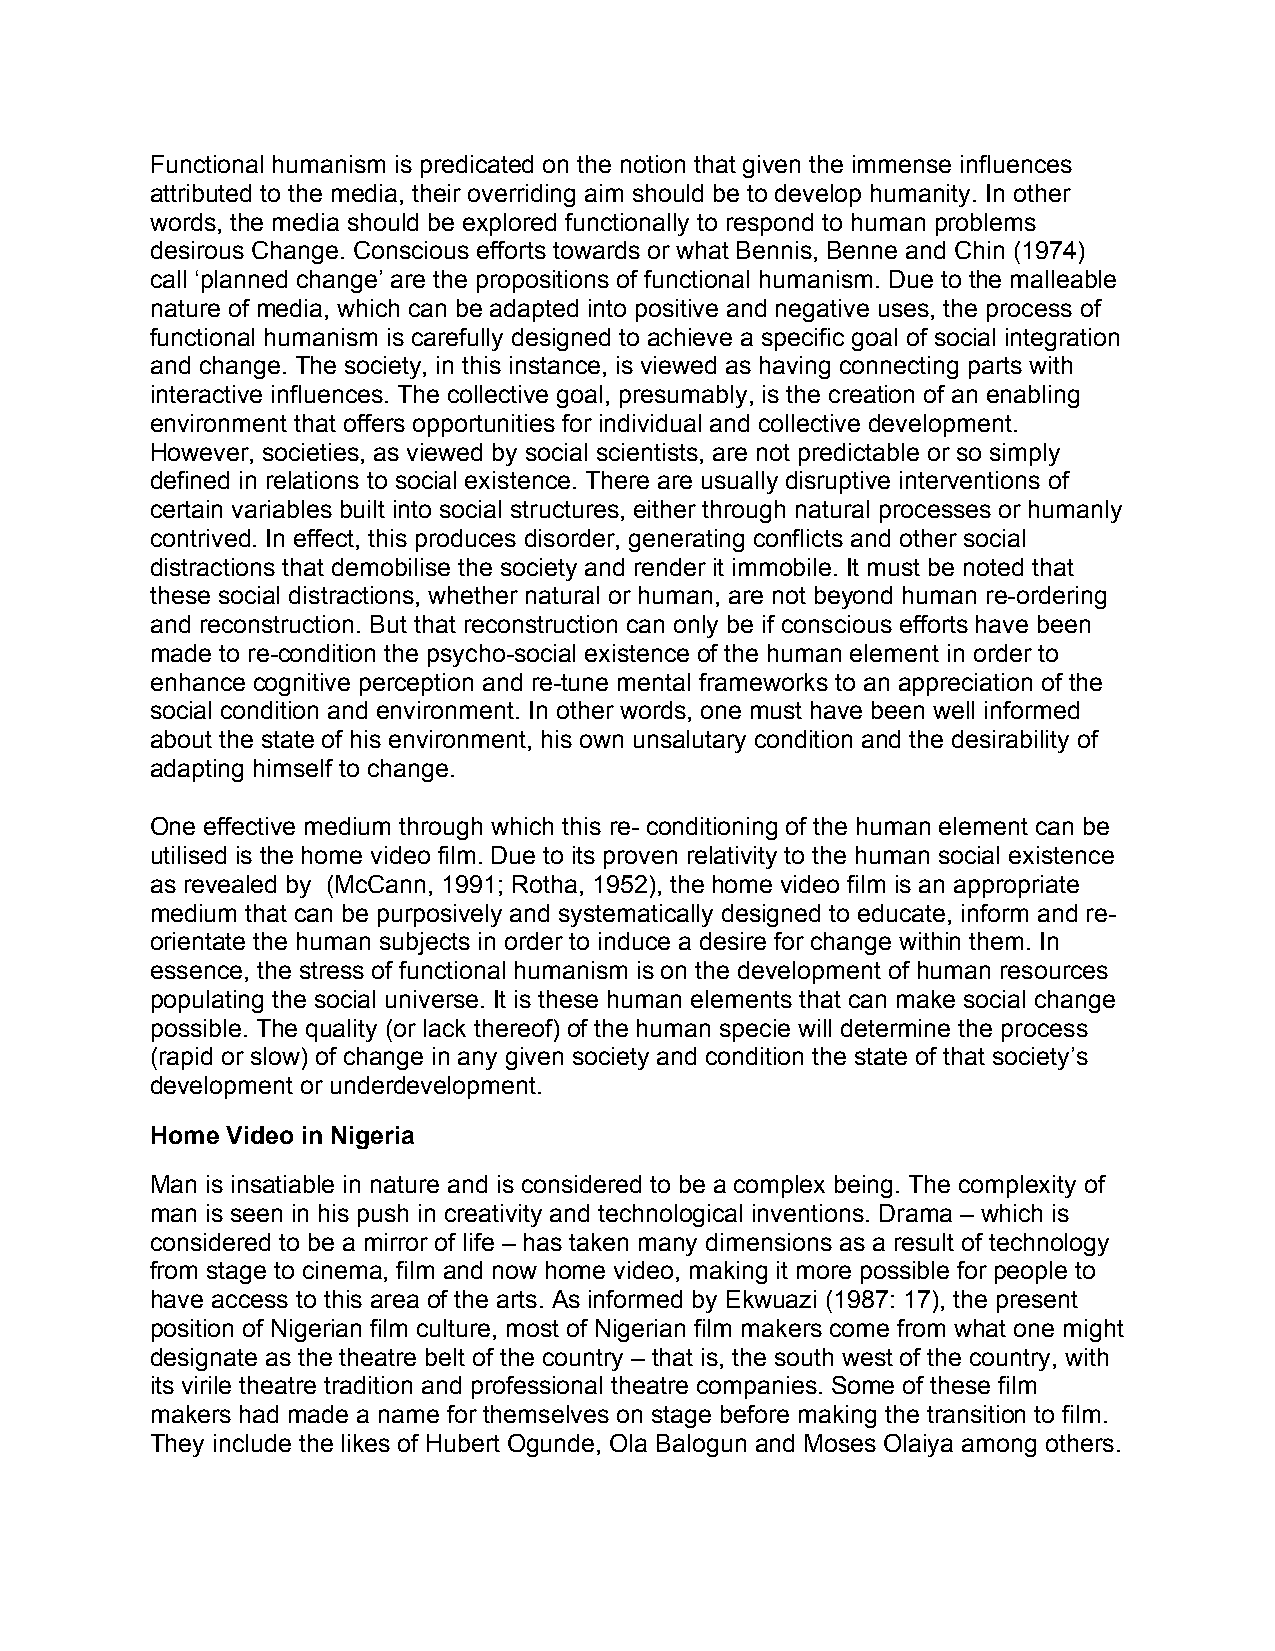
Functional humanism is predicated on the notion that given the immense influences
 attributed to the media, their overriding aim should be to develop humanity. In other
 words, the media should be explored functionally to respond to human problems
 desirous Change. Conscious efforts towards or what Bennis, Benne and Chin (1974)
 call ‘planned change’ are the propositions of functional humanism. Due to the malleable
 nature of media, which can be adapted into positive and negative uses, the process of
 functional humanism is carefully designed to achieve a specific goal of social integration
 and change. The society, in this instance, is viewed as having connecting parts with
 interactive influences. The collective goal, presumably, is the creation of an enabling
 environment that offers opportunities for individual and collective development.
 However, societies, as viewed by social scientists, are not predictable or so simply
 defined in relations to social existence. There are usually disruptive interventions of
 certain variables built into social structures, either through natural processes or humanly
 contrived. In effect, this produces disorder, generating conflicts and other social
 distractions that demobilise the society and render it immobile. It must be noted that
 these social distractions, whether natural or human, are not beyond human re-ordering
 and reconstruction. But that reconstruction can only be if conscious efforts have been
 made to re-condition the psycho-social existence of the human element in order to
 enhance cognitive perception and re-tune mental frameworks to an appreciation of the
 social condition and environment. In other words, one must have been well informed
 about the state of his environment, his own unsalutary condition and the desirability of
 adapting himself to change.
 One effective medium through which this re- conditioning of the human element can be
 utilised is the home video film. Due to its proven relativity to the human social existence
 as revealed by (McCann, 1991; Rotha, 1952), the home video film is an appropriate
 medium that can be purposively and systematically designed to educate, inform and re-
 orientate the human subjects in order to induce a desire for change within them. In
 essence, the stress of functional humanism is on the development of human resources
 populating the social universe. It is these human elements that can make social change
 possible. The quality (or lack thereof) of the human specie will determine the process
 (rapid or slow) of change in any given society and condition the state of that society’s
 development or underdevelopment.
 Home Video in Nigeria
 Man is insatiable in nature and is considered to be a complex being. The complexity of
 man is seen in his push in creativity and technological inventions. Drama – which is
 considered to be a mirror of life – has taken many dimensions as a result of technology
 from stage to cinema, film and now home video, making it more possible for people to
 have access to this area of the arts. As informed by Ekwuazi (1987: 17), the present
 position of Nigerian film culture, most of Nigerian film makers come from what one might
 designate as the theatre belt of the country – that is, the south west of the country, with
 its virile theatre tradition and professional theatre companies. Some of these film
 makers had made a name for themselves on stage before making the transition to film.
 They include the likes of Hubert Ogunde, Ola Balogun and Moses Olaiya among others.